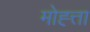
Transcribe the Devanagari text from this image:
मोह्त्ता